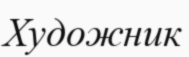
Художник